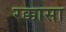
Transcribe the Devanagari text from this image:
रक्कासा